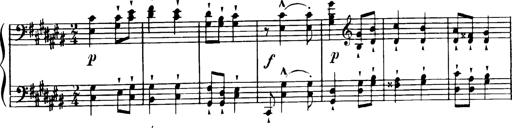
Title: Magyar dalok
Composer: Franz Liszt